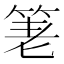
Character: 𥭯